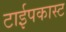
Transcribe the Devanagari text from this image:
टाईपकास्ट